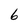
Character: 6